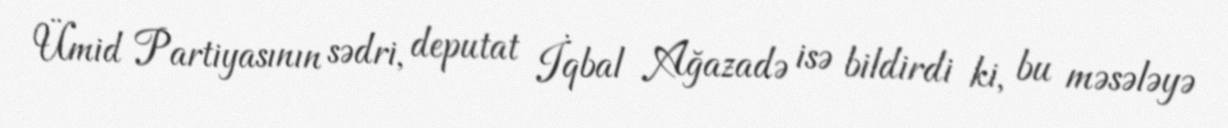
Ümid Partiyasının sədri, deputat İqbal Ağazadə isə bildirdi ki, bu məsələyə